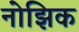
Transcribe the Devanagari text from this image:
नोझिक